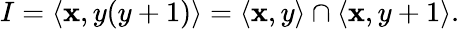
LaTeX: I=\langle\mathbf{x},y(y+1)\rangle=\langle\mathbf{x},y\rangle\cap\langle\mathbf{x},y+1\rangle.